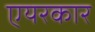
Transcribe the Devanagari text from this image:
एयरकार